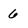
Character: 6